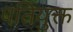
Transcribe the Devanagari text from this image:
पतियुक्त